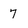
Character: 7